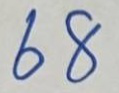
68